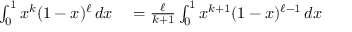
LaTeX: \begin{array} { r l } { \int _ { 0 } ^ { 1 } x ^ { k } ( 1 - x ) ^ { \ell } \, d x } & { { } = { \frac { \ell } { k + 1 } } \int _ { 0 } ^ { 1 } x ^ { k + 1 } ( 1 - x ) ^ { \ell - 1 } \, d x } \end{array}